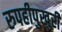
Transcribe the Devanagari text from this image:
रुपहीपुखुरी